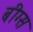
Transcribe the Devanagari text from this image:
बीग्स